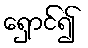
ရှောင်၍